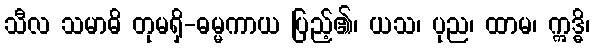
သီလ သမာဓိ တုမရှိ-ဓမ္မကာယ ပြည့်၏၊ ယသ၊ ပုည၊ ထာမ၊ ဣဒ္ဓိ၊